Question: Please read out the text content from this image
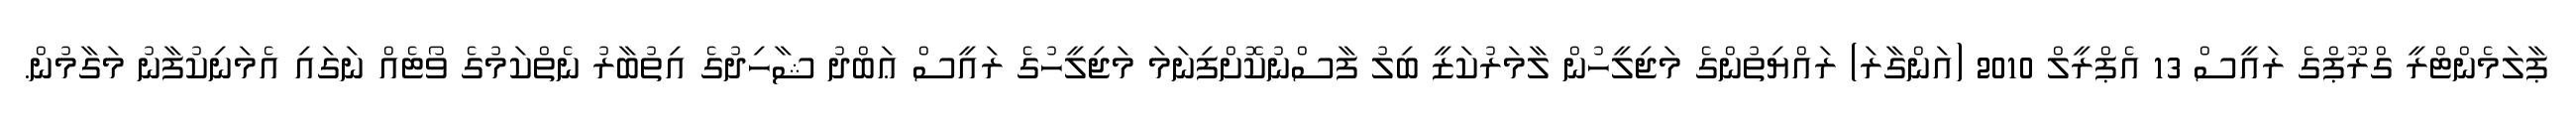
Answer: ޕާލަމެންޓްރީ ގްރޫޕްގެ ރައީސް 13 އެޕްރީލް 2010 (އަންގާރަ) ރައްޔިތުންގެ މަޖިލީހުން ލާމަރުކަޒީ ބިލު ފާސްނުކޮށްފިނަމަ މަޖިލީހުގެ ރައީސް ޢަބްދު ޝާހިދުގެ އިތުބާރު ނެތްކަމުގެ ވޯޓެއް ނަގައި އެމަނިކުފާނު މަގާމުން.